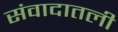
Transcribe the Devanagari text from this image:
संवादातली